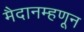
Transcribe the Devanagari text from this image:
मैदानम्हणून